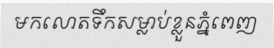
មកលោតទឹកសម្លាប់ខ្លួនភ្នំពេញ